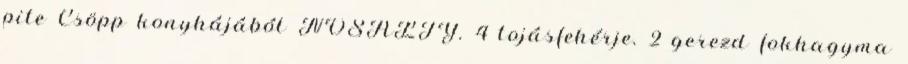
pite Csöpp konyhájából NOSALTY. 4 tojásfehérje. 2 gerezd fokhagyma